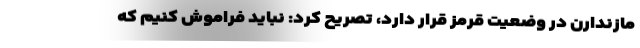
مازندارن در وضعیت قرمز قرار دارد، تصریح کرد: نباید فراموش کنیم که